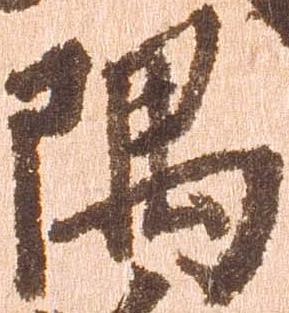
隅